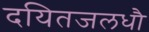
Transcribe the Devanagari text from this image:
दयितजलधौ